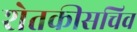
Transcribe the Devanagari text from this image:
शेतकीसचिव